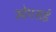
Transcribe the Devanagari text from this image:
ओएसई